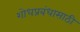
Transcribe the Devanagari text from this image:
शोधप्रबंधासाठी